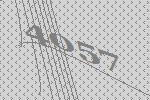
4057